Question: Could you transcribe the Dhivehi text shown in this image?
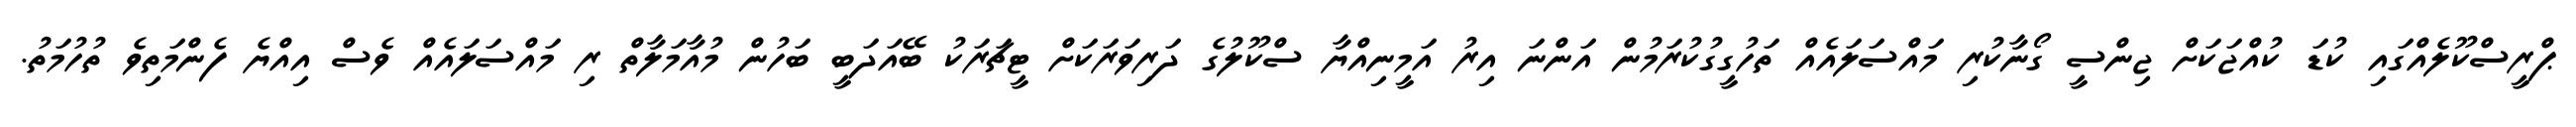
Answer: ޕްރީސްކޫލެއްގައި ކުޑަ ކުއްޖަކަށް ޖިންސީ ގޯނާކުރި މައްސަލައެއް ތަހުގީގުކުރަމުން އަންނަ އިރު އަމީނިއްޔާ ސްކޫލުގެ ދަރިވަރަކަށް ޓީޗަރަކު ބޭއަދަބީ ބަހުން މުއާމަލާތް ރި މައްސަލައެއް ވެސް އިއްޔެ ފެންމަތިވެ ތުހުމަތު.